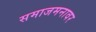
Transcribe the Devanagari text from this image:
समाजमनावर